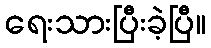
ရေးသားပြီးခဲ့ပြီ။